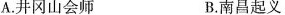
A.井冈山会师 B.南昌起义